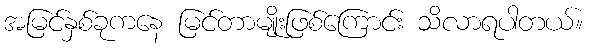
အမြင်နှစ်ခုကနေ မြင်တာမျိုးဖြစ်ကြောင်း သိလာရပါတယ်။